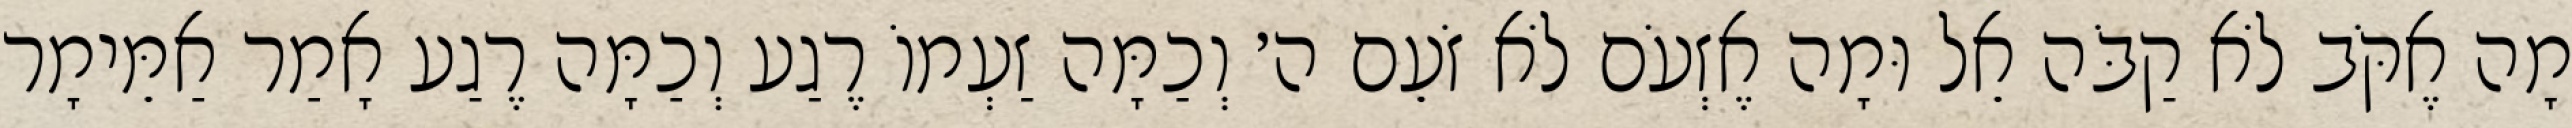
מָה אֶקֹּב לֹא קַבֹּה אֵל וּמָה אֶזְעֹם לֹא זֹעֵם ה׳ וְכַמָּה זַעְמוֹ רֶגַע וְכַמָּה רֶגַע אָמַר אַמֵּימָר